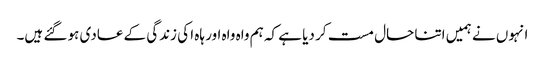
انہوں نے ہمیں اتنا حال مست کر دیا ہے کہ ہم واہ واہ اور ہاہ ا کی زندگی کے عادی ہو گئے ہیں۔